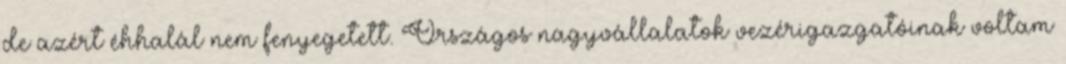
de azért éhhalál nem fenyegetett. Országos nagyvállalatok ve­zéri­gazgatóinak voltam